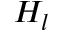
H _ { l }